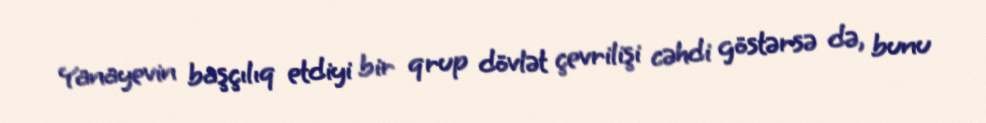
Yanayevin başçılıq etdiyi bir qrup dövlət çevrilişi cəhdi göstərsə də, bunu